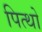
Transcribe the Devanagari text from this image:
पित्थो